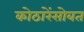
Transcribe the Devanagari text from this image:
कोठारेंसोबत